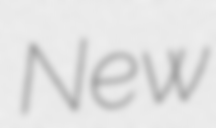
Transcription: New